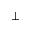
\perp